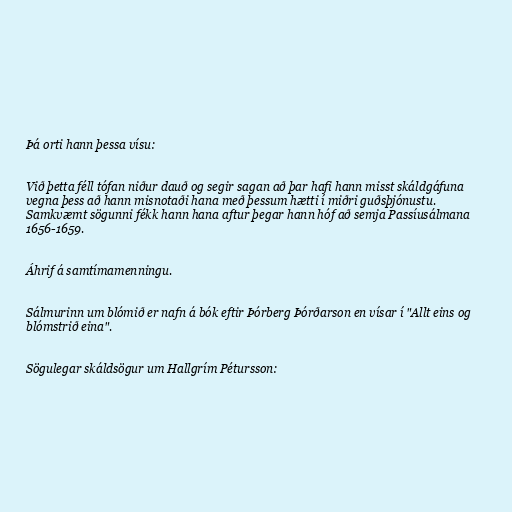
Þá orti hann þessa vísu:

Við þetta féll tófan niður dauð og segir sagan að þar hafi hann misst skáldgáfuna
vegna þess að hann misnotaði hana með þessum hætti í miðri guðsþjónustu.
Samkvæmt sögunni fékk hann hana aftur þegar hann hóf að semja Passíusálmana
1656-1659.

Áhrif á samtímamenningu.

Sálmurinn um blómið er nafn á bók eftir Þórberg Þórðarson en vísar í "Allt eins og
blómstrið eina".

Sögulegar skáldsögur um Hallgrím Pétursson: